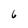
Character: 6